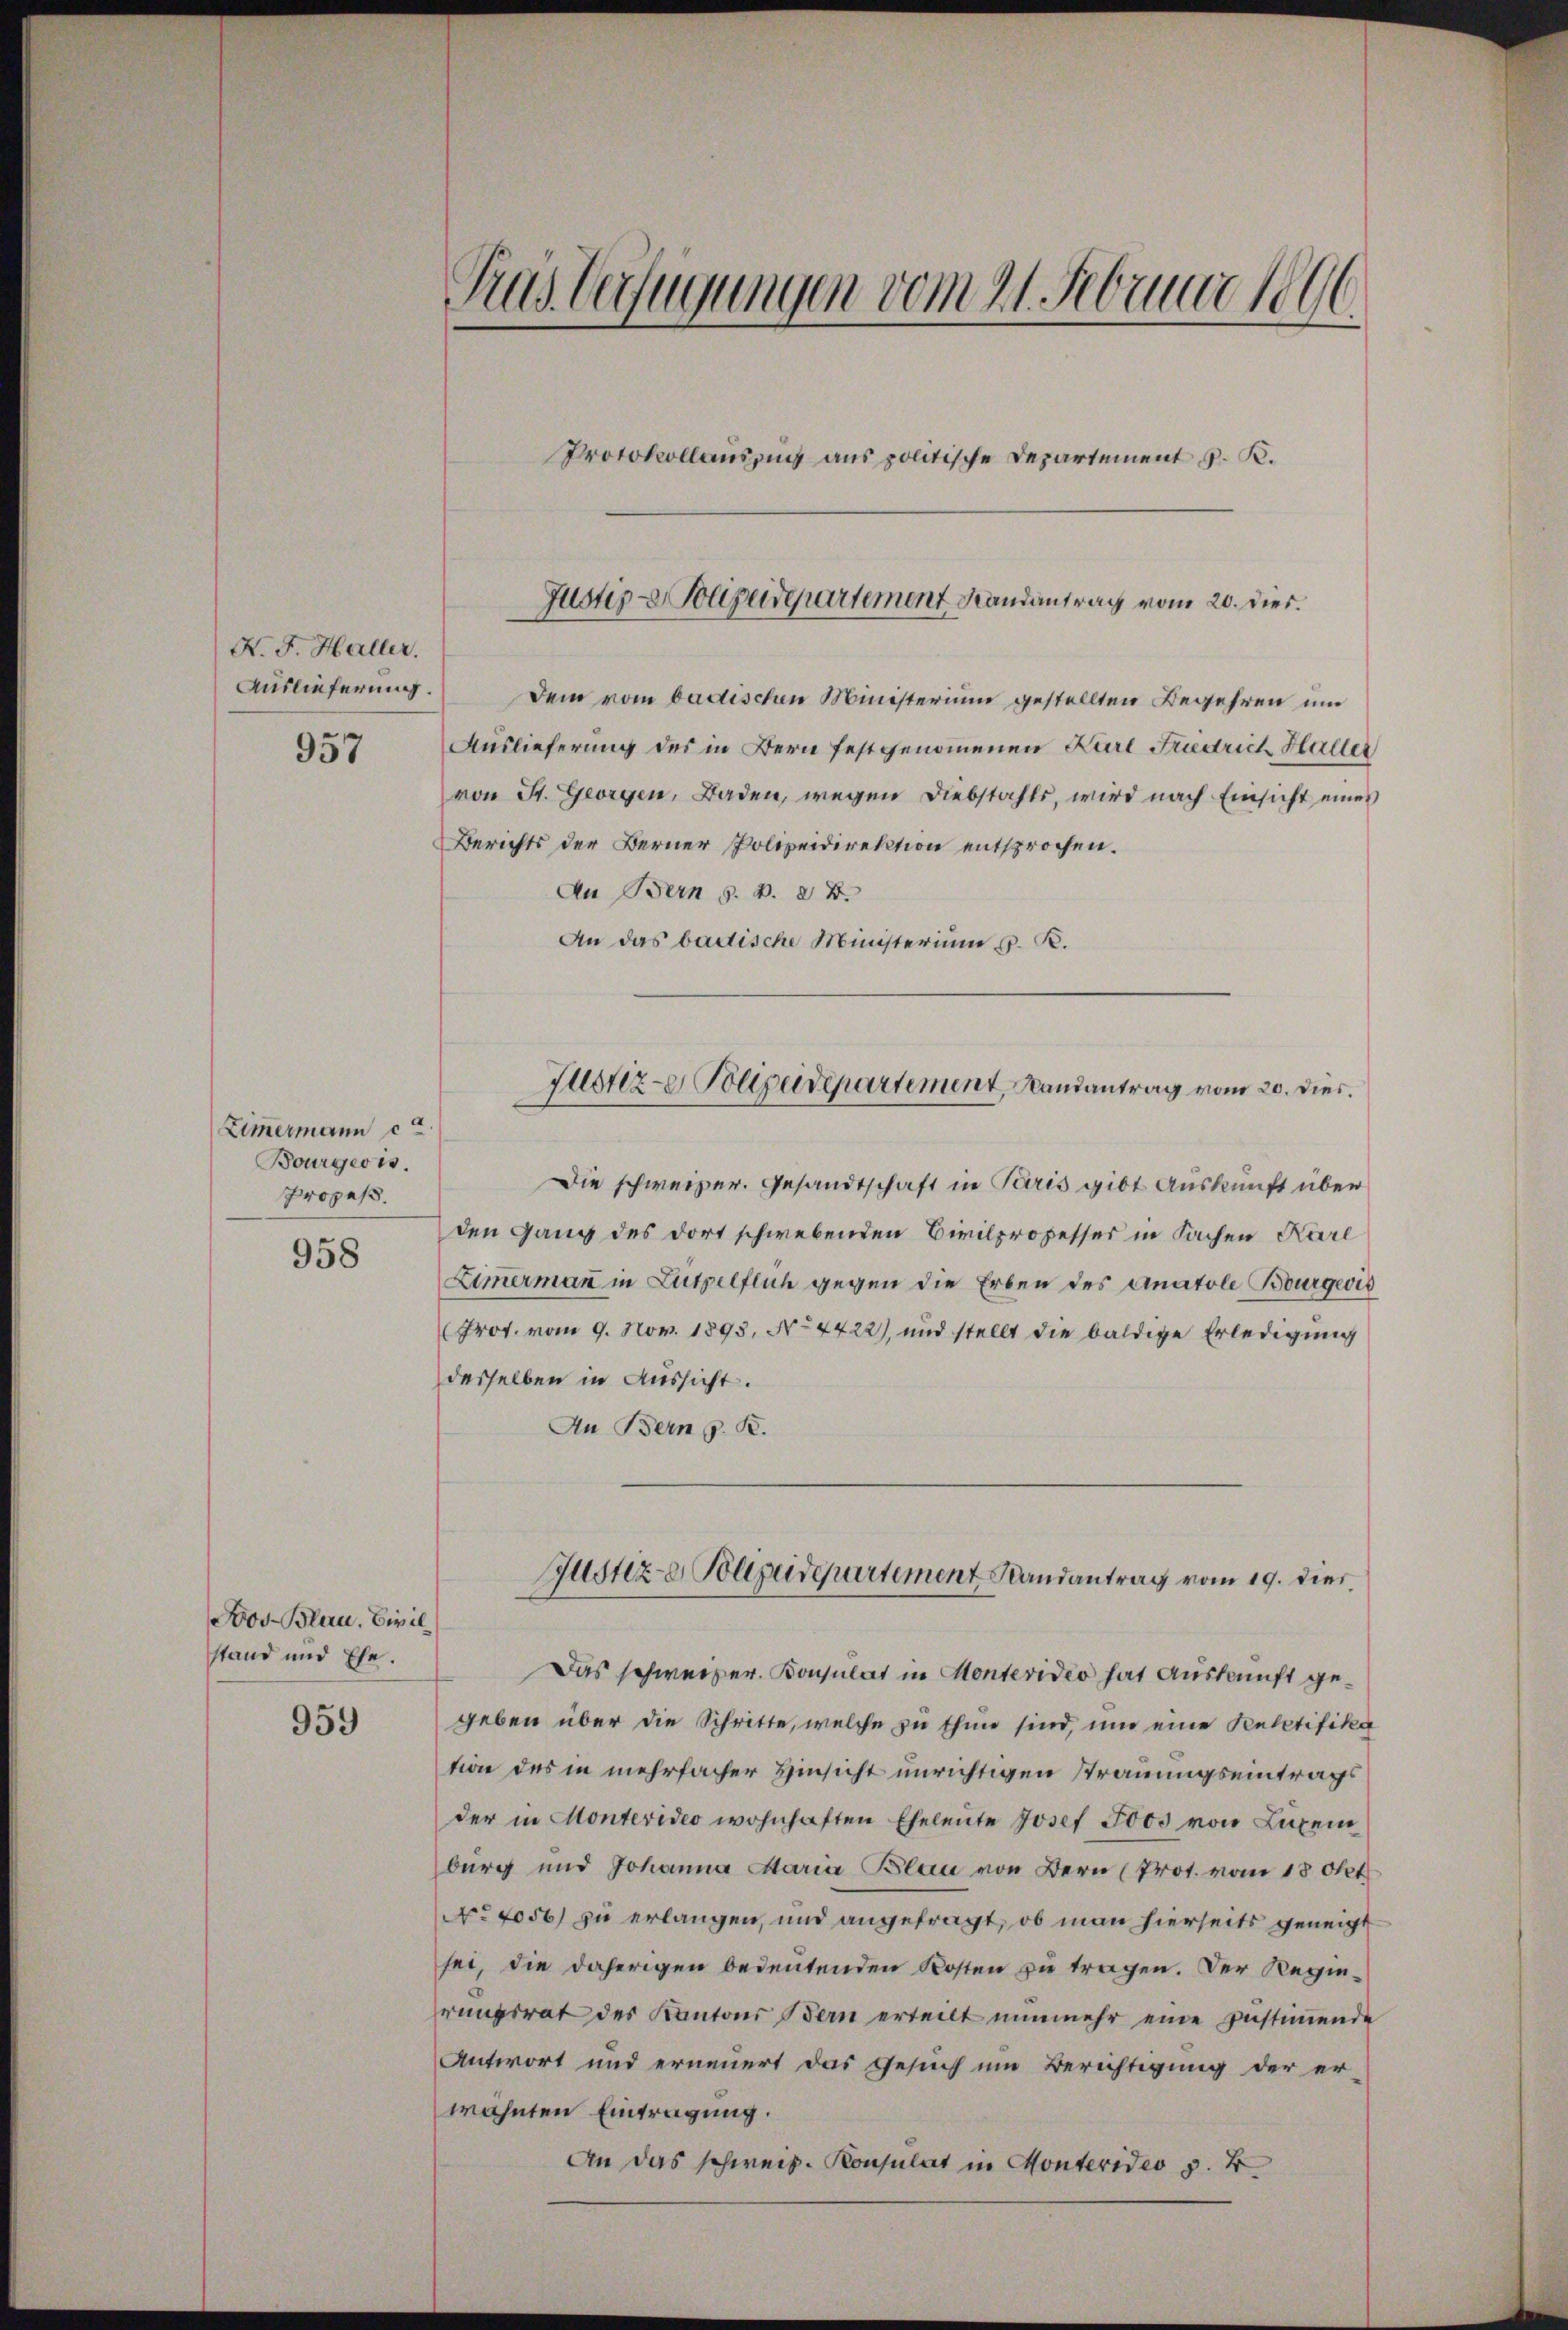
N. F. Haller.
Auslieferung.
957

Zimermann e
Bourgeois.
Propos.

958

Nov. Blau. Bivil
stand und Ehe.

959

Tras Verfügungen vom 21. Februar 1896
Protokollauszug aus politische Departement J. K.

Justiz - Polizeidepartement Randantrag vom 20. dies

Dem vom badischen Ministerium gestellten Begehren und
Auslieferung des in Bern festgenommenen Karl Friedrich Haller
von St. Georgen, Baden, wegen Diebstahls, wird nach Einsicht eines
Berichts der Berner Polizeidirektion entsprochen.
An Bern s. v. 28.
An das badische Ministerium u. K.
Die schweizer. Gesandtschaft in Paris gibt Auskunft über
den ganz des dort schwebenden Civilprozesser in Sachen Karl
Zimmermann in Lutpelflich gegen die Erben des Anatole Bourgeris
Prot. vom 9. Nov. 1893, No 4422), und stellt die baldige Erledigung
desselben in Aussicht.
An Bern z. B.
Justiz- Polizeidepartement Randantrag vom 19. dies
Das schweizer. Konsulat in Montevideo hat Auskunft gegeben über die Schritte, welche zu thun sind, um eine Peletifika
tion des in mehrfacher Hinsicht unrichtigen Strauungseintrags
der in Montevideo wohnhaften Eheleute Josef Toos von Luxen
burg und Johanna Maria Blau von Bern (Prot. vom 18. Okt
No 1056) zu erlangen, und angefragt, ob man hierseits geneigt
sei, die daherigen bedeutenden Kosten zu tragen. Der Regiehrungsrat des Kantons Stern erteilt nunmehr eine Zustimmende
Antwort und erneuert das Gesuch um Berichtigung der er-
wähnten Eintragung.
An das schweiz. Konsulat in Montevideo p. 4

Justiz- Polizeidepartement, Landantrag vom 20. dies